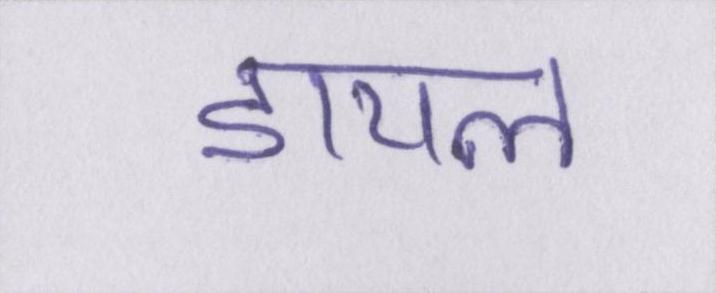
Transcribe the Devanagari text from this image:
डायल